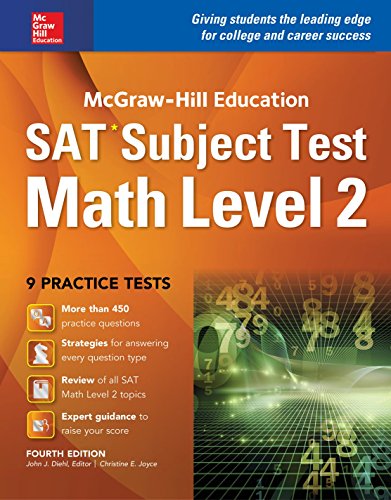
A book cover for McGraw-Hill Education SAT Subject Test Math Level 1 4th Ed.; John Diehl; Test Preparation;